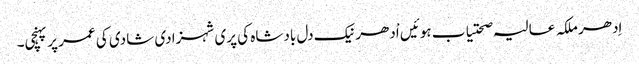
اِدھر ملکہ عالیہ صحتیاب ہوئیں اْدھر نیک دل بادشاہ کی پری شہزادی شادی کی عمر پر پہنچی۔